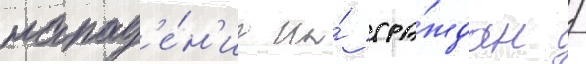
напад'е́н'иа на́ гра́ждан /